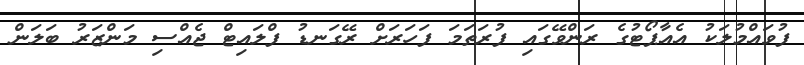
ފުވައްމުލަކު އެއާޕޯޓުގެ ރަންވޭގައި ފުރަތަމަ ފަހަރަށް ރޭގަނޑު ފްލައިޓް ޖެއްސި މަންޒަރު ބަލަން